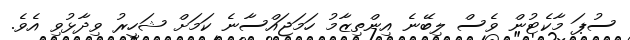
ސުޕަ މާކެޓުން ވެސް ލިބޭނެ އިންތިޒާމު ހަމަޖައްސާނެ ކަމަށް ޝަހީރު ވިދާޅުވި އެވެ.